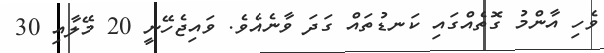
ވެހި އާންމު ގޮތެއްގައި ކަނޑުތައް ގަދަ ވާނެއެވެ. ވައިޖެހޭނީ 20 މޭލާއި 30